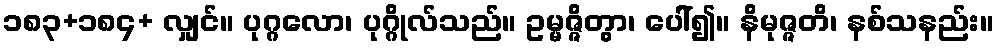
၁၈၃+၁၈၄+ လျှင်။ ပုဂ္ဂလော၊ ပုဂ္ဂိုလ်သည်။ ဥမ္မဇ္ဇိတွာ၊ ပေါ်၍။ နိမုဇ္ဇတိ၊ နစ်သနည်း။